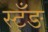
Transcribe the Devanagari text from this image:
स्टँङ